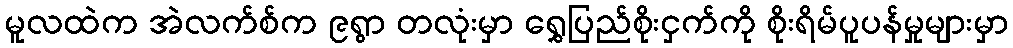
မူလထဲက အဲလက်စ်က ၉ရွာ တလုံးမှာ ရွှေပြည်စိုးငှက်ကို စိုးရိမ်ပူပန်မှုများမှာ